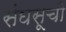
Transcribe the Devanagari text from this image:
संघसूची